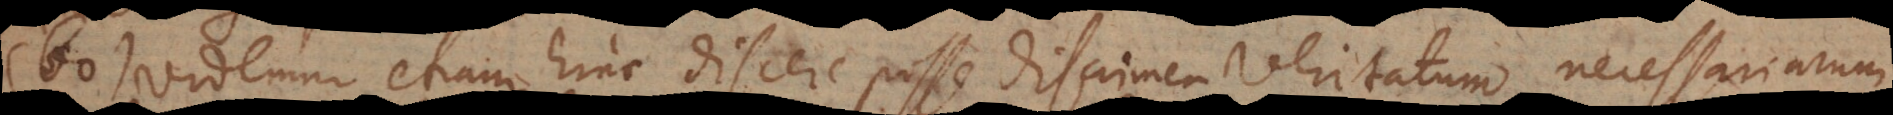
60) Videmur etiam hinc discere posse discrimen veritatum necessariarum